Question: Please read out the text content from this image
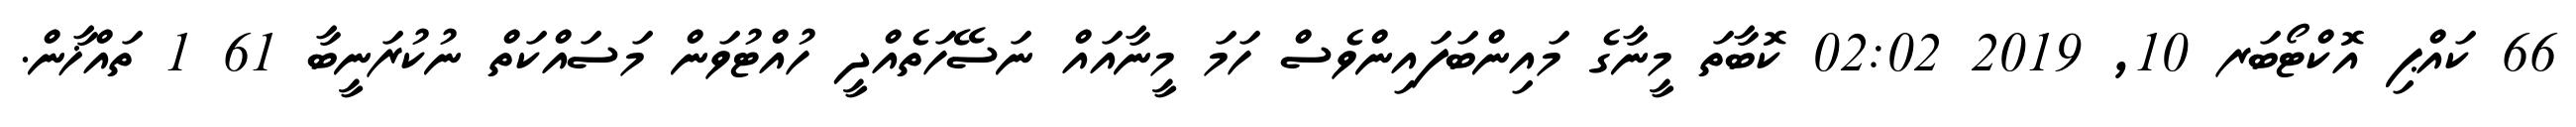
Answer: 66 ކައްޕި އޮކްޓޯބަރ 10, 2019 02:02 ކޮބާތަ މީނާގެ މައިންބަފައިންވެސް ހަމަ މީނާއައް ނަސޭހަތެއްދީ ހުއްޓުވަން މަސައްކަތް ނުކުރަނީބާ 61 1 ތައްޚާން.